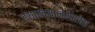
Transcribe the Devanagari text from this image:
व्याख्यानमालेस